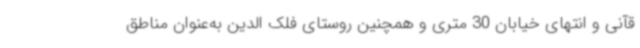
قآنی و انتهای خیابان 30 متری و همچنین روستای فلک الدین به‌عنوان مناطق